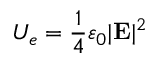
U _ { e } = \frac { 1 } { 4 } \varepsilon _ { 0 } | \mathbf { E } | ^ { 2 }